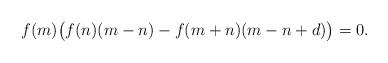
LaTeX: \begin{align*} f(m)\big(f(n) (m-n)-f(m+n)(m-n+d)\big)=0. \end{align*}